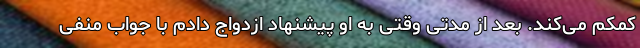
کمکم می‌کند. بعد از مدتی وقتی به او پیشنهاد ازدواج دادم با جواب منفی